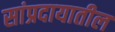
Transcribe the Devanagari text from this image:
सांप्रदायातील